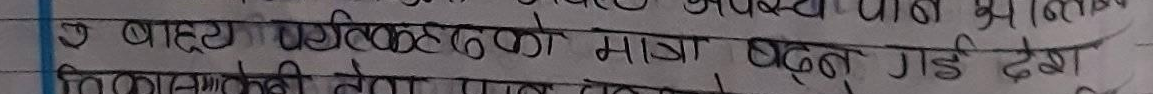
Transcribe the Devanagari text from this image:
उ बाह्य पूँजीको मात्रा बढाउनु गछ देश